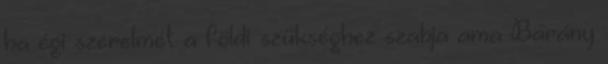
ha égi szerelmét a földi szükséghez szabja ama Bárány